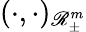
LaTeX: (\cdot,\cdot)_{\mathscr{R}_{\pm}^{m}}